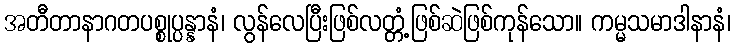
အတီတာနာဂတပစ္စုပ္ပန္နာနံ၊ လွန်လေပြီးဖြစ်လတ္တံ့ဖြစ်ဆဲဖြစ်ကုန်သော။ ကမ္မသမာဒါနာနံ၊